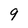
Character: 9